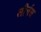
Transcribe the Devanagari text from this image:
लीर्चस